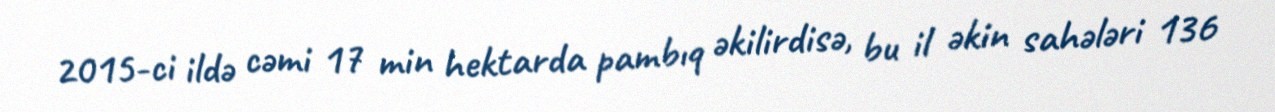
2015-ci ildə cəmi 17 min hektarda pambıq əkilirdisə, bu il əkin sahələri 136